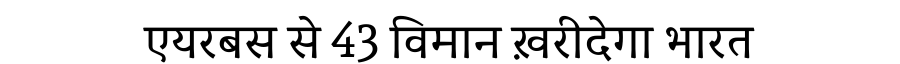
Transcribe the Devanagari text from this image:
एयरबस से 43 विमान ख़रीदेगा भारत